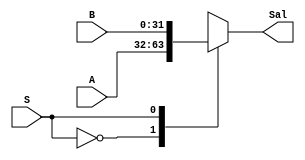
`timescale 1ns/1ns

module Mux2 (
		input [31:0]A,
		input [31:0]B,
		input S,
		output reg[31:0]Sal
);



always @*
begin
	case (S)
		1'b0:
		begin
			Sal = A;
		end
		1'b1:
		begin
			Sal = B;
		end
	endcase
end

endmodule